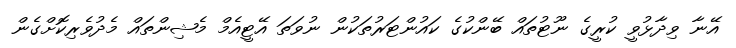
އޭނާ ވިދާޅުވީ ކުރީގެ ނޫޓުތައް ބޭންކުގެ ކައުންޓަރުތަކުން ނުވަތަ އޭޓީއެމް މެޝިންތައް މެދުވެރިކޮށްގެން